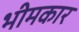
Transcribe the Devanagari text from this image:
भीमकार